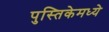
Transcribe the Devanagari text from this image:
पुस्तिकेमध्ये